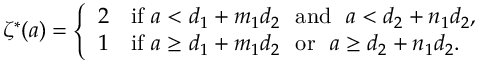
\begin{array} { r l } & { \zeta ^ { * } ( a ) = \left\{ \begin{array} { l l } { 2 } & { \mathrm { i f } \, \, a < d _ { 1 } + m _ { 1 } d _ { 2 } \ \ \mathrm { a n d } \ \ a < d _ { 2 } + n _ { 1 } d _ { 2 } , } \\ { 1 } & { \mathrm { i f } \, \, a \geq d _ { 1 } + m _ { 1 } d _ { 2 } \ \ \mathrm { o r } \ \ a \geq d _ { 2 } + n _ { 1 } d _ { 2 } . } \end{array} \right. } \end{array}